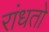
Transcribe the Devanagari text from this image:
रांधतो